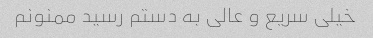
خیلی سریع و عالی به دستم رسید ممنونم